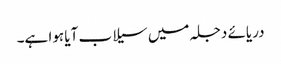
دریائے دجلہ میں سیلاب آیا ہوا ہے۔